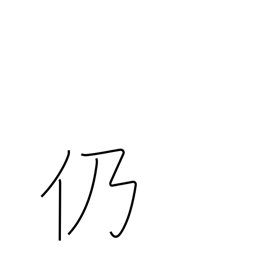
Meaning: consequently